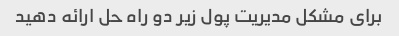
برای مشکل مدیریت پول زیر دو راه حل ارائه دهید